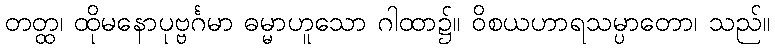
တတ္ထ၊ ထိုမနောပုဗ္ဗင်္ဂမာ ဓမ္မာဟူသော ဂါထာ၌။ ဝိစယဟာရသမ္ပာတော၊ သည်။